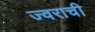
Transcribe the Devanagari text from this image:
ज्वराची